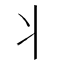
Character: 丬